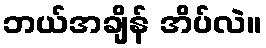
ဘယ်အချိန် အိပ်လဲ။